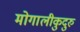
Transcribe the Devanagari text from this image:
मोगालीकुदुरु